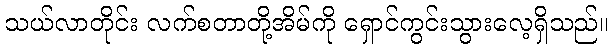
သယ်လာတိုင်း လက်စတာတို့အိမ်ကို ရှောင်ကွင်းသွားလေ့ရှိသည်။